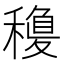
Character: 𥡽